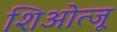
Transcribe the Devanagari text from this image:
शिओत्जू